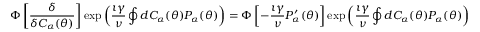
\Phi \left[ \frac { \delta } { \delta C _ { \alpha } ( \theta ) } \right] \exp \left( \frac { \imath \gamma } { \nu } \oint d C _ { \alpha } ( \theta ) P _ { \alpha } ( \theta ) \right) = \Phi \left[ - \frac { \imath \gamma } { \nu } P _ { \alpha } ^ { \prime } ( \theta ) \right] \exp \left( \frac { \imath \gamma } { \nu } \oint d C _ { \alpha } ( \theta ) P _ { \alpha } ( \theta ) \right)